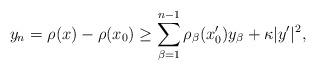
LaTeX: \begin{align*}y_n = \rho (x) - \rho (x_0) \geq \sum_{\beta=1}^{n-1} \rho_\beta (x'_0) y_\beta + \kappa |y'|^2,\end{align*}